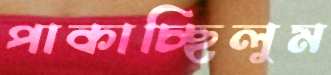
পাকাচ্ছিলুম